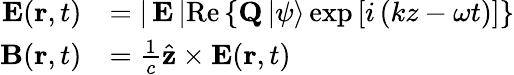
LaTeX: {\begin{array}{rl}{\mathbf{E}(\mathbf{r},t)}&{=\left|\, \mathbf{E}\, \right|\mathrm{Re}\left\{ \mathbf{Q}\left|\psi\right\rangle\exp\left[i\left(kz-\omega t\right)\right]\right\} }\\ {\mathbf{B}(\mathbf{r},t)}&{={\frac{1}{c}}{\hat{\mathbf{z}}}\times\mathbf{E}(\mathbf{r},t)}\end{array}}